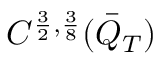
C ^ { \frac { 3 } { 2 } , \frac { 3 } { 8 } } ( \bar { Q } _ { T } )